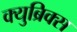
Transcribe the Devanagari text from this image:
क्युब्रिक्स